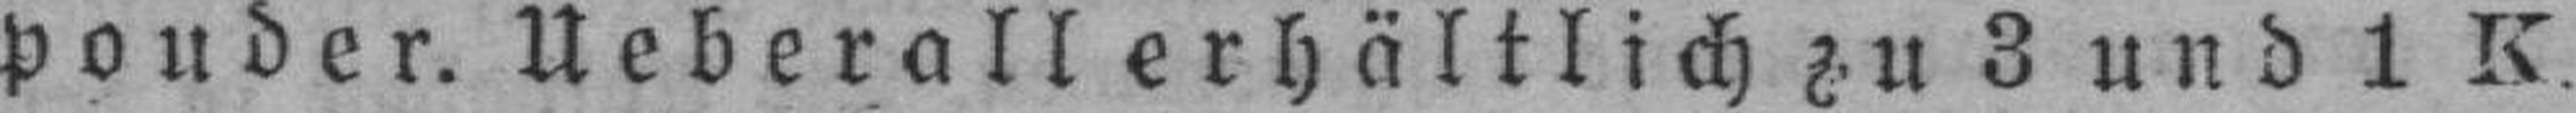
pouder. Ueberall erhältlich zu 3 und 1 K.